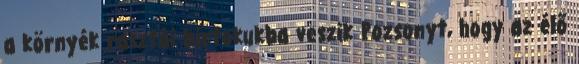
a környék rasztái birtokukba veszik Pozsonyt, hogy az élő